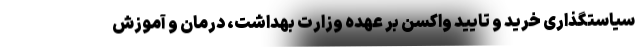
سیاستگذاری خرید و تایید واکسن بر عهده وزارت بهداشت، درمان و آموزش